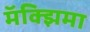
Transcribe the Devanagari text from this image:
मॅक्झिमा